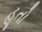
હૂતો